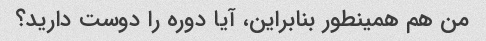
من هم همینطور بنابراین، آیا دوره را دوست دارید؟